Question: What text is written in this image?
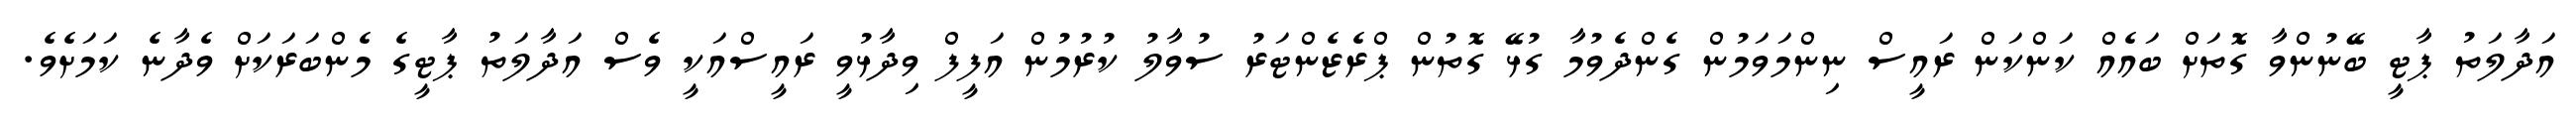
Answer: އަދާލަތު ޕާޓީ ބޭނުންވާ ގޮތަށް ބައެއް ކަންކަން ރައީސް ނިންމަވަމުން ގެންދެވުމާ ގުޅޭ ގޮތުން ޕްރެޒެންޓަރު ސުވާލު ކުރުމުން އަފީފް ވިދާޅުވީ ރައީސްއަކީ ވެސް އަދާލަތު ޕާޓީގެ މެންބަރަކަށް ވެދާނެ ކަމަށެވެ.